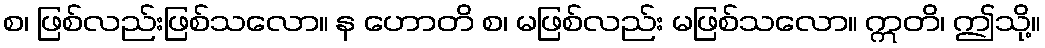
စ၊ ဖြစ်လည်းဖြစ်သလော။ န ဟောတိ စ၊ မဖြစ်လည်း မဖြစ်သလော။ ဣတိ၊ ဤသို့။